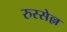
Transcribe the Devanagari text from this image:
रुस्सेल्ल